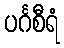
ပင်္ဂစီရံ